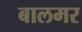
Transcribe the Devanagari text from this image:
बालमर